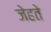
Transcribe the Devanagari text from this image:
जेहते